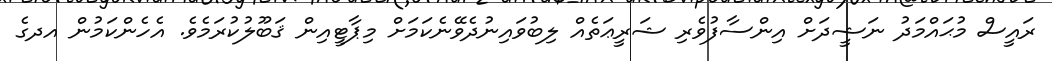
ރައީސް މުޙައްމަދު ނަޝީދަށް އިންސާފުވެރި ޝަރީޢަތެއް ލިބުވައިނުދެވޭނެކަމަށް މިޕާޓީއިން ޤަބޫލުކުރަމެވެ. އެހެންކަމުން އދގެ